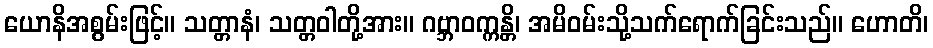
ယောနိအစွမ်းဖြင့်။ သတ္တာနံ၊ သတ္တဝါတို့အား။ ဂဗ္ဘာဝက္ကန္တိ၊ အမိဝမ်းသို့သက်ရောက်ခြင်းသည်။ ဟောတိ၊